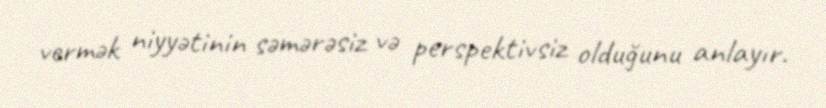
vermək niyyətinin səmərəsiz və perspektivsiz olduğunu anlayır.